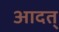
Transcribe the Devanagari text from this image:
आदत्